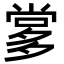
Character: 㗬